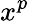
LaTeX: x^{p}